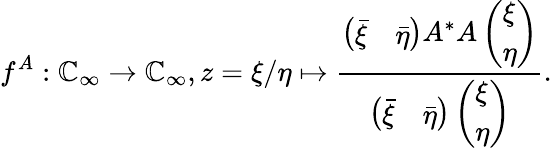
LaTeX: f^{A}:\mathbb{C}_{\infty}\rightarrow\mathbb{C}_{\infty},z=\xi/\eta\mapsto\frac{\left(\begin{array}{ll}{\bar{\xi}}&{\bar{\eta}}\end{array}\right)A^{*}A\left(\begin{array}{l}{\xi}\\ {\eta}\end{array}\right)}{\left(\begin{array}{ll}{\bar{\xi}}&{\bar{\eta}}\end{array}\right)\left(\begin{array}{l}{\xi}\\ {\eta}\end{array}\right)}.